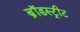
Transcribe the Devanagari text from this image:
ब्रॉडस्ट्रीट